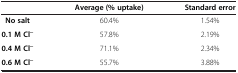
<table><thead><tr><td><b> </b></td><td><b>Average (% uptake)</b></td><td><b>Standard error</b></td></tr></thead><tbody><tr><td><b>No salt</b></td><td>60.4%</td><td>1.54%</td></tr><tr><td><b>0.1 M Cl</b><sup><b>−</b></sup></td><td>57.8%</td><td>2.19%</td></tr><tr><td><b>0.4 M Cl</b><sup><b>−</b></sup></td><td>71.1%</td><td>2.34%</td></tr><tr><td><b>0.6 M Cl</b><sup><b>−</b></sup></td><td>55.7%</td><td>3.88%</td></tr></tbody></table>